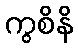
ကွစိနိ